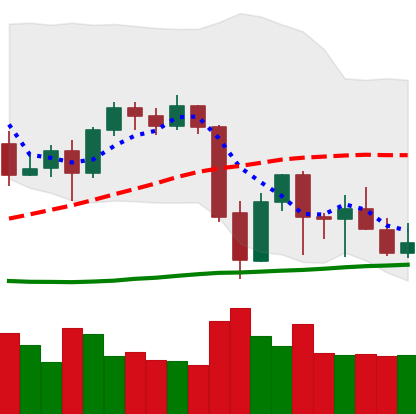
Ticker: BTC-USD
Chart end date: 2021-09-29
Forward return: 18.161%
Label: up_7plus